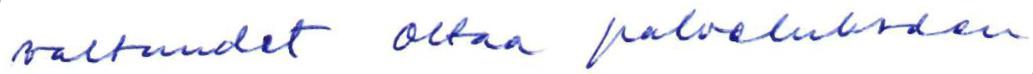
valtuudet ottaa palvelukseen